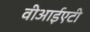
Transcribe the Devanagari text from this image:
वीआईएटी